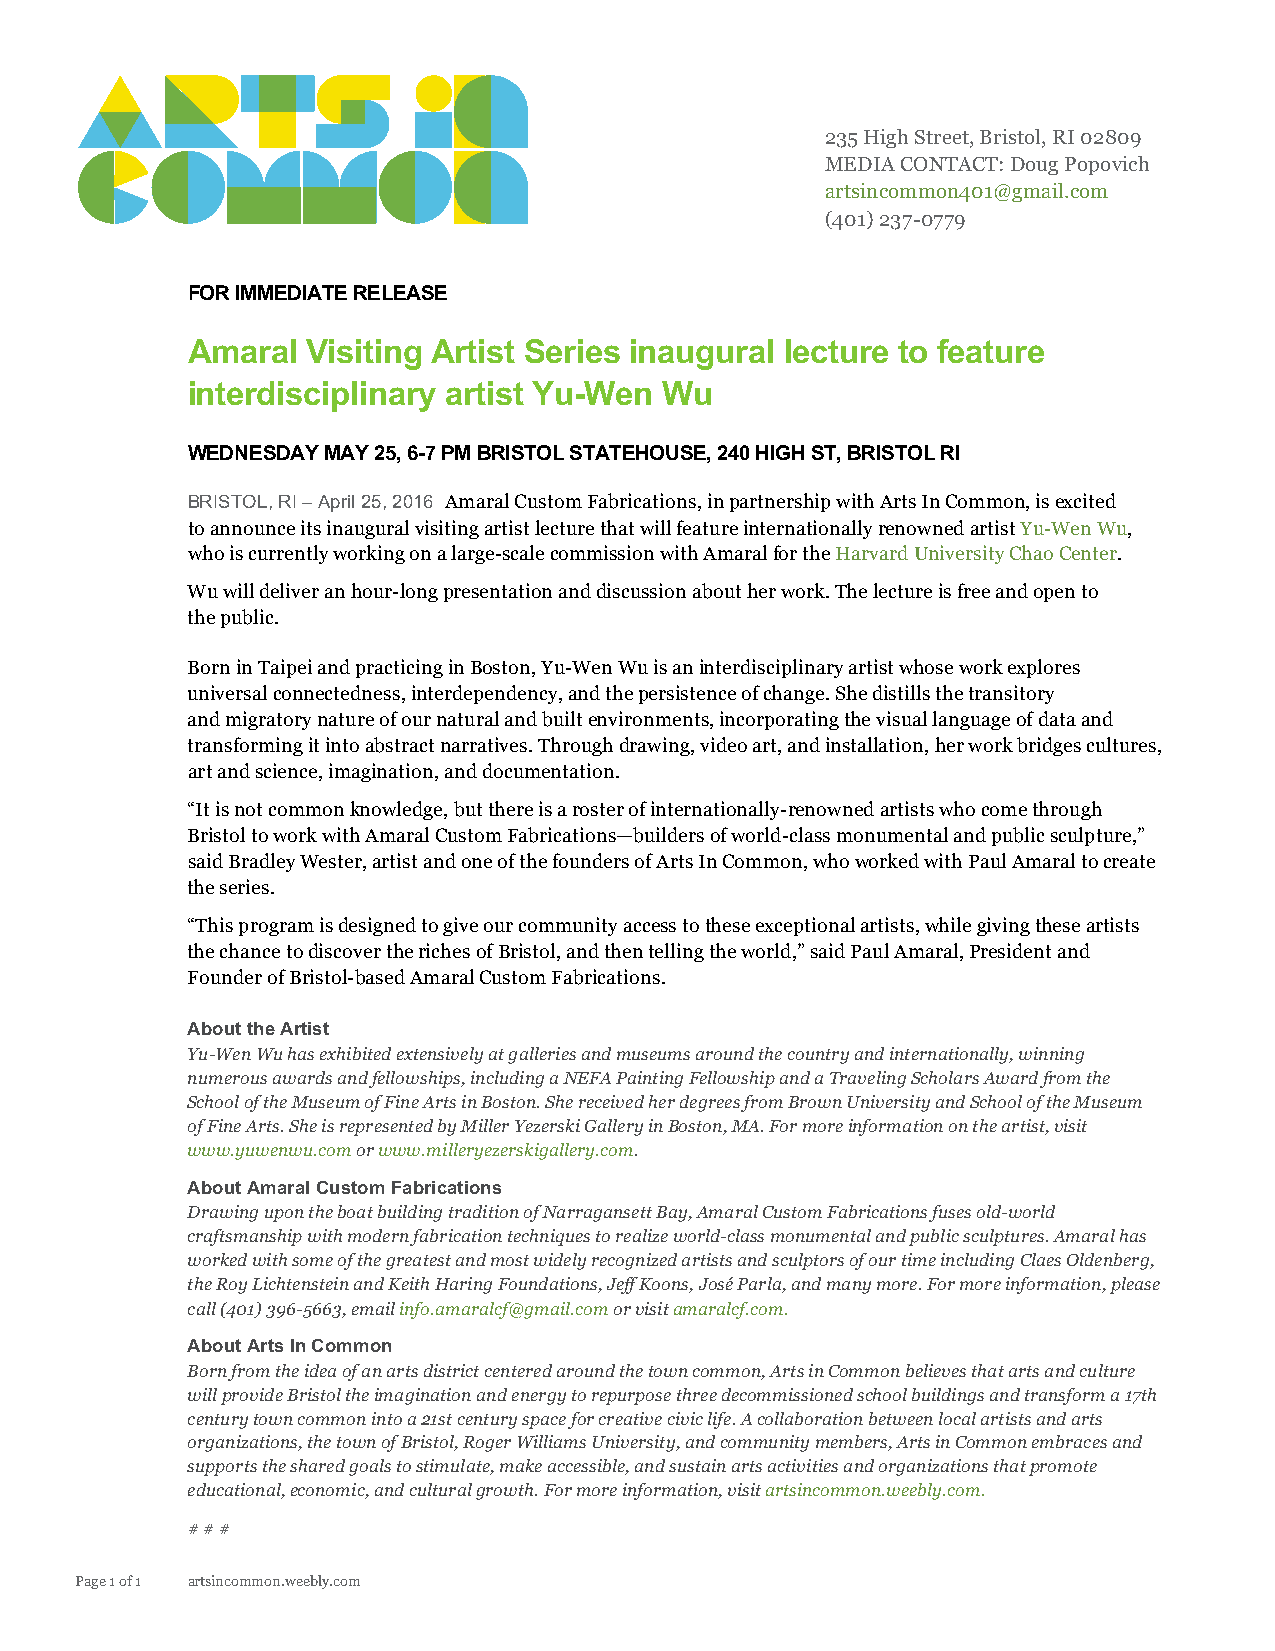
235 High Street, Bristol, RI 02809
 MEDIA CONTACT: Doug Popovich
 artsincommon401@gmail.com
 (401)237-0779
 FOR IMMEDIATE RELEASE
 Amaral  Visiting Artist Series inaugural lecture to feature
 interdisciplinary artist Yu-Wen Wu
 WEDNESDAY MAY 25, 6-7 PM BRISTOL STATEHOUSE, 240 HIGH ST, BRISTOL RI
 BRISTOL, RI – April 25, 2016 Amaral Custom Fabrications, in partnership with Arts In Common, is excited
 to announce its inaugural visiting artist lecture that will feature internationally renowned artist Yu-Wen Wu,
 who is currently working on a large-scale commission with Amaral for the Harvard University Chao Center.
 Wu will deliver an hour-long presentation and discussion about her work. The lecture is free and open to
 the public.
 Born in Taipei and practicing in Boston, Yu-Wen Wu is an interdisciplinary artist whose work explores
 universal connectedness, interdependency, and the persistence of change. She distills the transitory
 and migratory nature of our natural and built environments, incorporating the visual language of data and
 transforming it into abstract narratives. Through drawing, video art, and installation, her work bridges cultures,
 art and science, imagination, and documentation.
 “It is not common knowledge, but there is a roster of internationally-renowned artists who come through
 Bristol to work with Amaral Custom Fabrications—builders of world-class monumental and public sculpture,”
 said Bradley Wester, artist and one of the founders of Arts In Common, who worked with Paul Amaral to create
 the series.
 “This program is designed to give our community access to these exceptional artists, while giving these artists
 the chance to discover the riches of Bristol, and then telling the world,” said Paul Amaral, President and
 Founder of Bristol-based Amaral Custom Fabrications.
 About the Artist
 Yu-Wen Wu has exhibited extensively at galleries and museums around the country and internationally, winning
 numerous awards and fellowships, including a NEFA Painting Fellowship and a Traveling Scholars Award from the
 School of the Museum of Fine Arts in Boston. She received her degrees from Brown University and School of the Museum
 of Fine Arts. She is represented by Miller Yezerski Gallery in Boston, MA. For more information on the artist, visit
 www.yuwenwu.com or www.milleryezerskigallery.com.
 About Amaral Custom Fabrications
 Drawing upon the boat building tradition of Narragansett Bay, Amaral Custom Fabrications fuses old-world
 craftsmanship with modern fabrication techniques to realize world-class monumental and public sculptures. Amaral has
 worked with some of the greatest and most widely recognized artists and sculptors of our time including Claes Oldenberg,
 the Roy Lichtenstein and Keith Haring Foundations, Jeff Koons, José Parla, and many more. For more information, please
 call (401) 396-5663, email info.amaralcf@gmail.com or visit amaralcf.com.
 About Arts In Common
 Born from the idea of an arts district centered around the town common, Arts in Common believes that arts and culture
 will provide Bristol the imagination and energy to repurpose three decommissioned school buildings and transform a 17th
 century town common into a 21st century space for creative civic life. A collaboration between local artists and arts
 organizations, the town of Bristol, Roger Williams University, and community members, Arts in Common embraces and
 supports the shared goals to stimulate, make accessible, and sustain arts activities and organizations that promote
 educational, economic, and cultural growth. For more information, visit artsincommon.weebly.com.
 # # #
 Page 1 of 1 artsincommon.weebly.com